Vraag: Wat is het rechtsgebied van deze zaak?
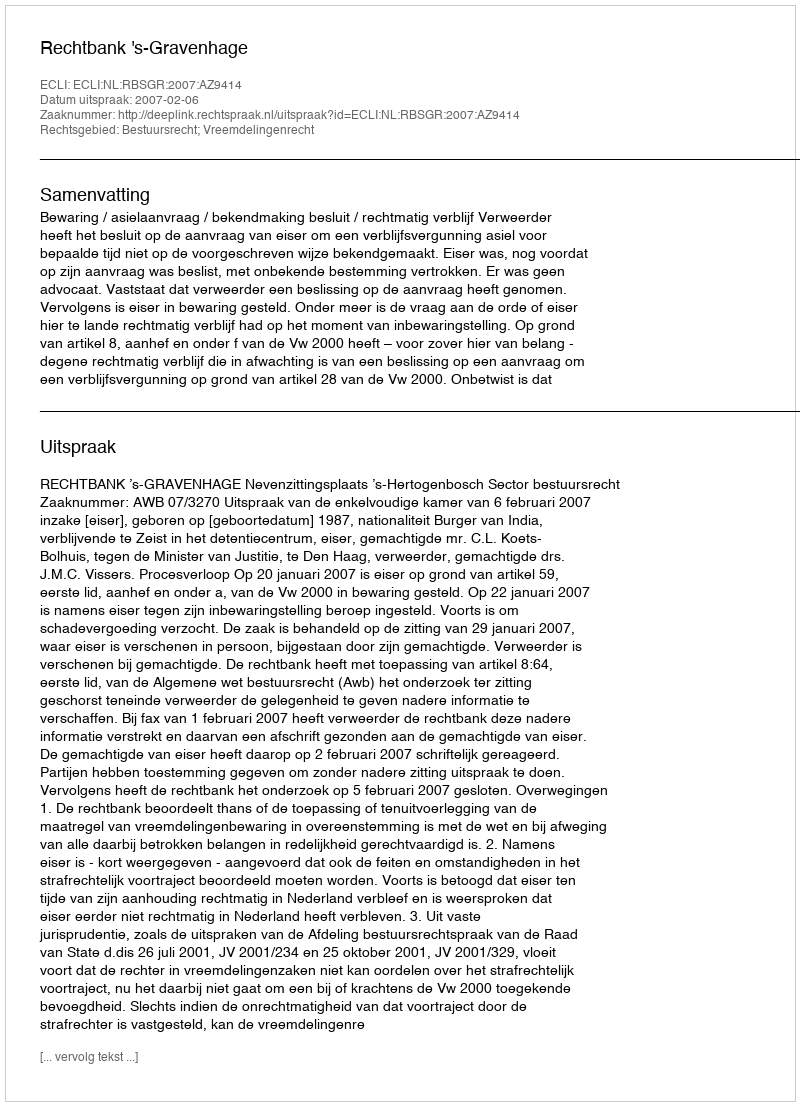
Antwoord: Bestuursrecht; Vreemdelingenrecht